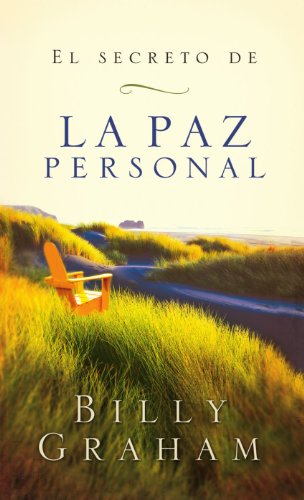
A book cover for El secreto de la paz personal (Spanish Edition); Billy Graham; Christian Books & Bibles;